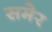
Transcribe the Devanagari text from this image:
समेर